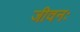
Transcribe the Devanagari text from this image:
जीवनः